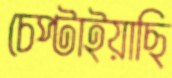
চেপ্‌টাইয়াছি